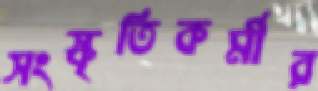
সংস্কৃতিকর্মীর